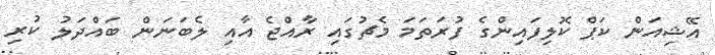
އޭޝިއަން ކަޕް ކޮލިފައިންގެ ފުރަތަމަ މެޗުގައި ރާއްޖެ އާއި ލެބަނަން ބައްދަލު ކުރި